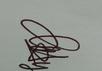
Signature authenticity: genuine